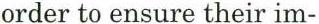
order to ensure their im-